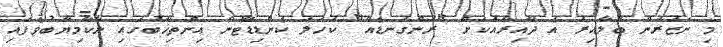
މި ނަޒަރުން ބަލާއިރު އެ ދާއިރާއަކަށް "ރަންގަނޑެއް" ކަހަލަ ކެންޑިޑޭޓުން އިންތިޚާބުގައި ނާކާމިޔާބުވެފައި